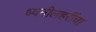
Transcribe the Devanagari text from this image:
ध्वनीलहरींचा